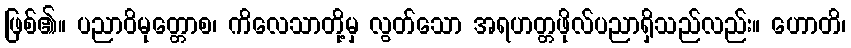
ဖြစ်၏။ ပညာဝိမုတ္တောစ၊ ကိလေသာတို့မှ လွတ်သော အရဟတ္တဖိုလ်ပညာရှိသည်လည်း။ ဟောတိ၊